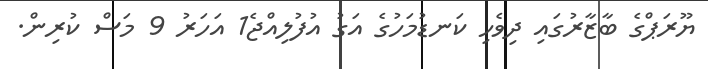
ޔޫރަޕްގެ ބާޒާރުގައި ދިވެހި ކަނޑުމަހުގެ އަގު އުފުލިއްޖެ1 އަހަރު 9 މަސް ކުރިން.